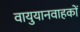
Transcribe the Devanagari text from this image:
वायुयानवाहकों